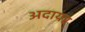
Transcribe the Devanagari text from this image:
अदायर